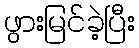
ဖွားမြင်ခဲ့ပြီး